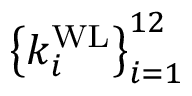
\left\{ k _ { i } ^ { \mathrm { W L } } \right\} _ { i = 1 } ^ { 1 2 }